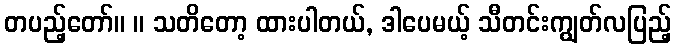
တပည့်တော်။ ။ သတိတော့ ထားပါတယ်, ဒါပေမယ့် သီတင်းကျွတ်လပြည့်